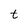
Character: t